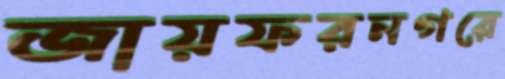
জায়ফরনগরে